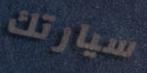
سيارتك